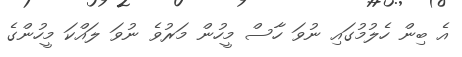
އެ ބިން ހެލުމުގައި ނުވަ ހާސް މީހުން މަރުވެ ނުވަ ލައްކަ މީހުންގެ